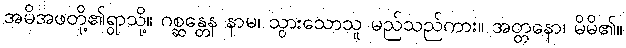
အမိအဖတို့၏ရွာသို့။ ဂစ္ဆန္တေန နာမ၊ သွားသောသူ မည်သည်ကား။ အတ္တနော၊ မိမိ၏။